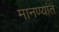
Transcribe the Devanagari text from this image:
मानण्यांत